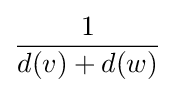
{\frac {1}{d(v)+d(w)}}